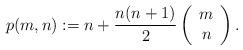
LaTeX: \begin{align*}p(m,n):=n+\frac{n(n+1)}{2}\left( \begin{array}{c} m \\ n \\ \end{array} \right).\end{align*}